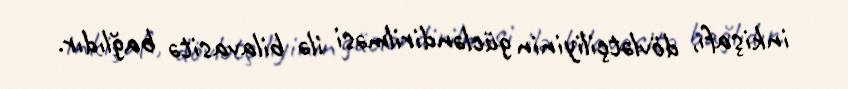
inkişafı, dövlətçiliyinin gücləndirilməsi ilə bilavasitə bağlıdır.